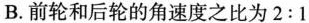
B.前轮和后轮的角速度之比为2:1